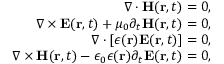
\begin{array} { r } { \nabla \cdot { \bf H } ( { \bf r } , t ) = 0 , } \\ { \nabla \times { \bf E } ( { \bf r } , t ) + \mu _ { 0 } \partial _ { t } { \bf H } ( { \bf r } , t ) = 0 , } \\ { \nabla \cdot [ \epsilon ( { \bf r } ) { \bf E } ( { \bf r } , t ) ] = 0 , } \\ { \nabla \times { \bf H } ( { \bf r } , t ) - \epsilon _ { 0 } \epsilon ( { \bf r } ) \partial _ { t } { \bf E } ( { \bf r } , t ) = 0 , } \end{array}